Civil Veterinary Dept. Bombay admin report 1893-99 - 1893-1899
Year: 1893
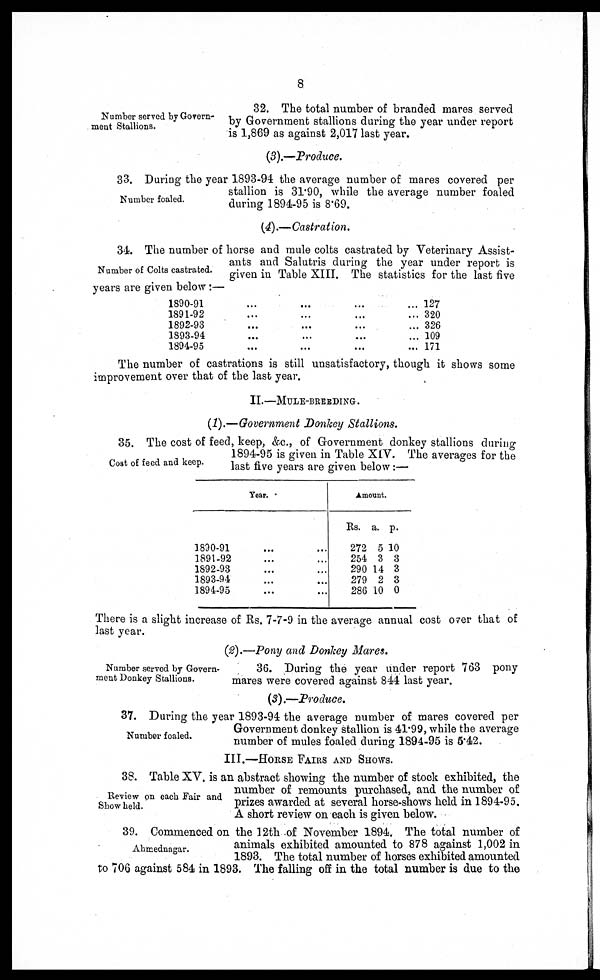
8
Number served by Govern-
ment Stallions.
32. The total number of branded mares served
by Government stallions during the year under report
is 1,869 as against 2,017 last year.
(3).—Produce.
Number foaled.
33. During the year 1893-94 the average number of mares covered per
stallion is 31.90, while the average number foaled
during 1894-95 is 8.69.
(4).—Castration.
Number of Colts castrated.
34. The number of horse and mule colts castrated by Veterinary Assist-
ants and Salutris during the year under report is
given in Table XIII. The statistics for the last five
years are given below:—
1890-91
1891-92
1892-93
1893-94
1894-95
...
...
...
...
...
...
...
...
...
...
...
...
...
...
...
...
...
...
...
...
127
320
326
109
171
The number of castrations is still unsatisfactory, though it shows some
improvement over that of the last year.
II.—MULE-BREEDING.
(1).—Government Donkey Stallions.
Cost of feed and keep.
35. The cost of feed, keep, &c., of Government donkey stallions during
1894-95 is given in Table XIV. The averages for the
last five years are given below:—
Year.
1890-91 ... ...
1891-92 ... ...
1892-93 ... ...
1893-94 ... ...
1894-95 ... ...
Amount.
Rs.
272
254
290
279
286
a.
5
3
14
2
10
p.
10
3
3
3
0
There is a slight increase of Rs. 7-7-9 in the average annual cost over that of
last year.
(2).—Pony and Donkey Mares.
Number served by Govern-
ment Donkey Stallions.
36. During the year under report 763 pony
mares were covered against 844 last year.
(3).—Produce.
Number foaled.
37. During the year 1893-94 the average number of mares covered per
Government donkey stallion is 41.99, while the average
number of mules foaled during 1894-95 is 5.42.
III.—HORSE FAIRS AND SHOWS.
Review on each Fair and
Show held.
38. Table XV. is an abstract showing the number of stock exhibited, the
number of remounts purchased, and the number of
prizes awarded at several horse-shows held in 1894-95.
A short review on each is given below.
Ahmednagar.
39. Commenced on the 12th of November 1894. The total number of
animals exhibited amounted to 878 against 1,002 in
1893. The total number of horses exhibited amounted
to 706 against 584 in 1893. The falling off in the total number is due to the